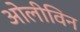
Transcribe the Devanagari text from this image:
ओलीविन